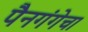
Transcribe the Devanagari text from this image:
पैनगंगेचा